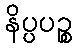
နိပ္ပပဉ္စ